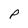
Character: p